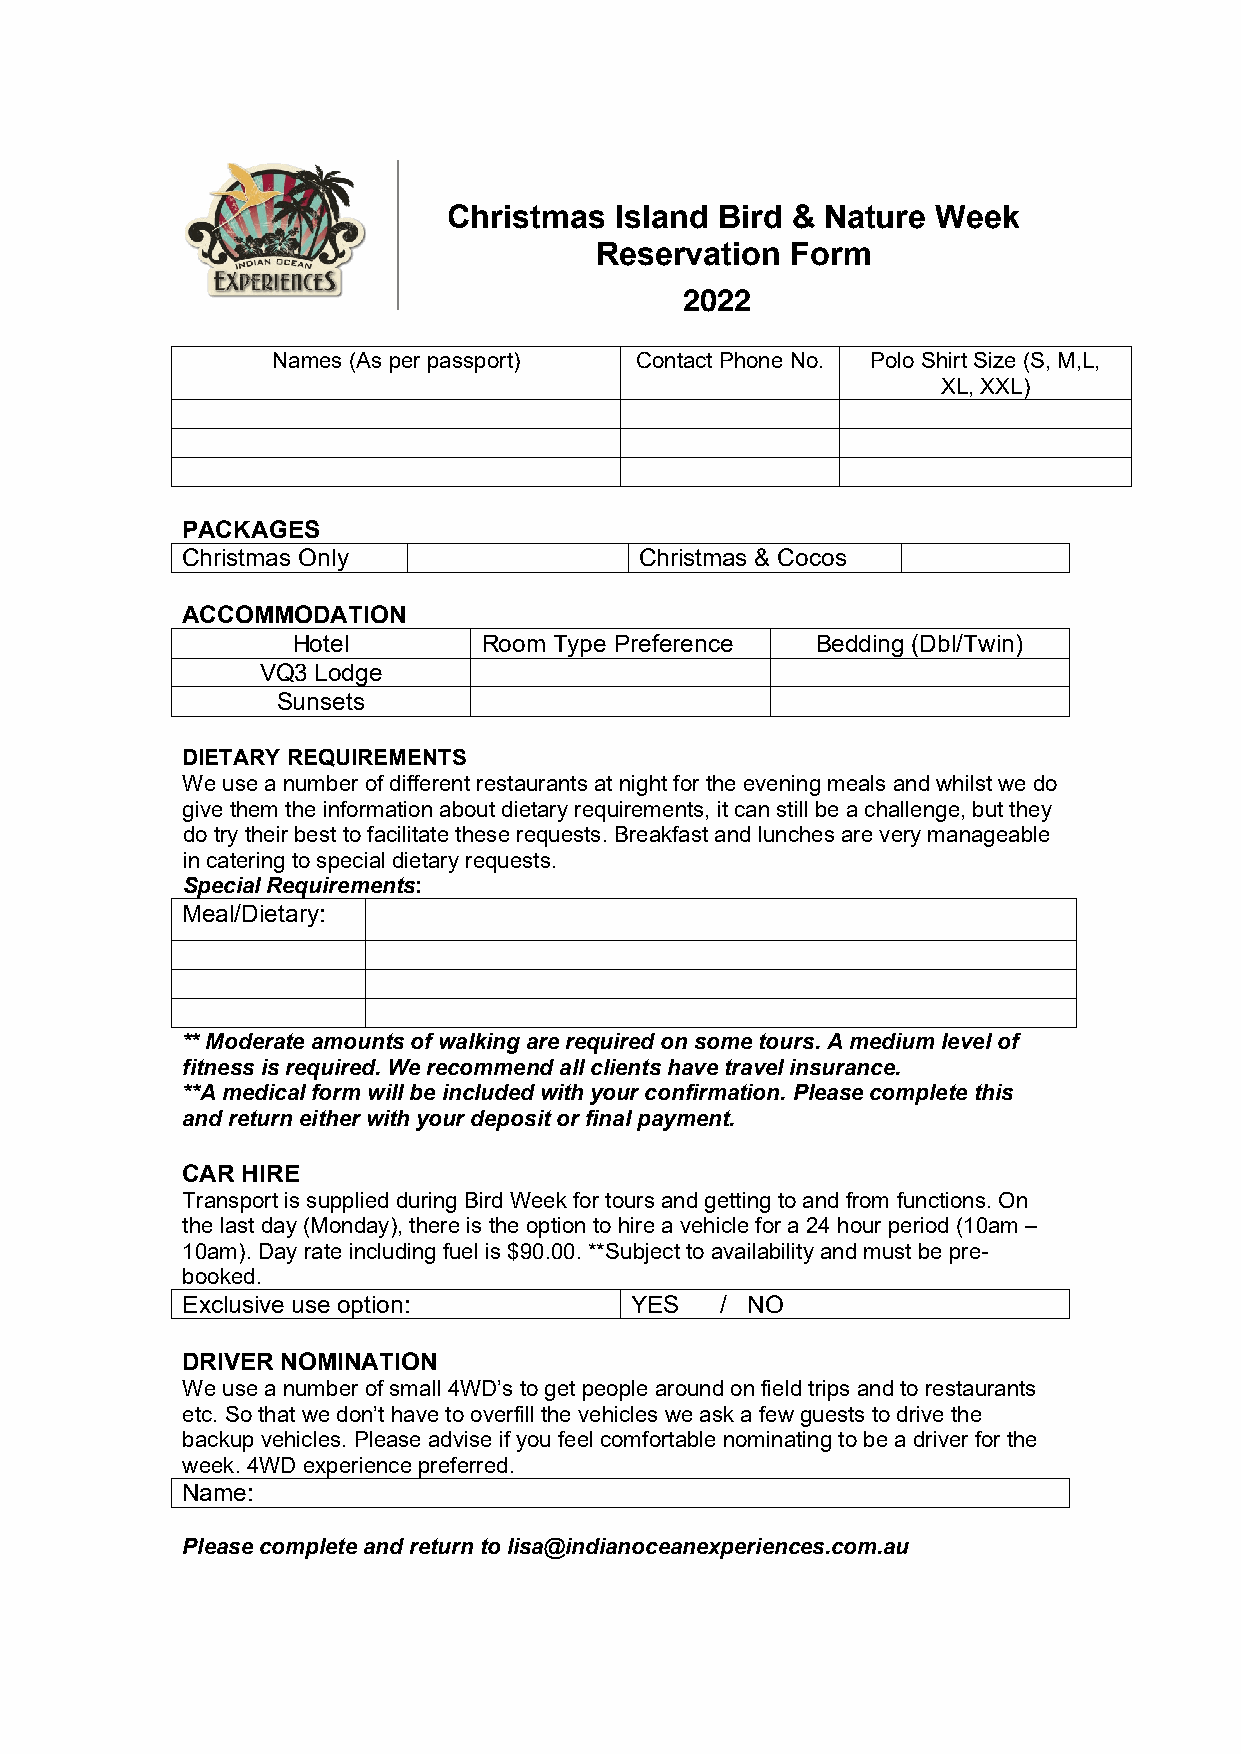
Christmas  Island Bird & Nature Week
 Reservation  Form
 2022
 Names (As per passport) Contact Phone No. Polo Shirt Size (S, M,L,
 XL, XXL)
 PACKAGES
 Christmas Only                Christmas & Cocos
 ACCOMMODATION
 Hotel        Room Type Preference  Bedding (Dbl/Twin)
 VQ3 Lodge
 Sunsets
 DIETARY REQUIREMENTS
 We use a number of different restaurants at night for the evening meals and whilst we do
 give them the information about dietary requirements, it can still be a challenge, but they
 do try their best to facilitate these requests. Breakfast and lunches are very manageable
 in catering to special dietary requests.
 Special Requirements:
 Meal/Dietary:
 ** Moderate amounts of walking are required on some tours. A medium level of
 fitness is required. We recommend all clients have travel insurance.
 **A medical form will be included with your confirmation. Please complete this
 and return either with your deposit or final payment.
 CAR HIRE
 Transport is supplied during Bird Week for tours and getting to and from functions. On
 the last day (Monday), there is the option to hire a vehicle for a 24 hour period (10am –
 10am). Day rate including fuel is $90.00. **Subject to availability and must be pre-
 booked.
 Exclusive use option:         YES   / NO
 DRIVER NOMINATION
 We use a number of small 4WD’s to get people around on field trips and to restaurants
 etc. So that we don’t have to overfill the vehicles we ask a few guests to drive the
 backup vehicles. Please advise if you feel comfortable nominating to be a driver for the
 week. 4WD experience preferred.
 Name:
 Please complete and return to lisa@indianoceanexperiences.com.au